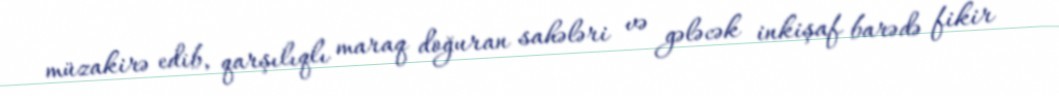
müzakirə edib, qarşılıqlı maraq doğuran sahələri və gələcək inkişaf barədə fikir